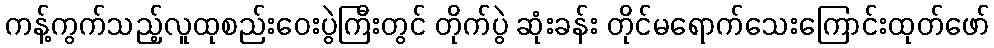
ကန့်ကွက်သည့်လူထုစည်းဝေးပွဲကြီးတွင် တိုက်ပွဲ ဆုံးခန်း တိုင်မရောက်သေးကြောင်းထုတ်ဖော်